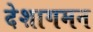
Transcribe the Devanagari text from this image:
देशागमन